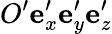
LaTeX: O^{\prime}\mathbf{e}_{x}^{\prime}\mathbf{e}_{y}^{\prime}\mathbf{e}_{z}^{\prime}